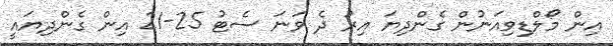
އިން މޯލްޑިވިއަނުން ގެންދިޔަ އިރު ދެ ވަނަ ސެޓު 25-21 އިން ގެންދިޔައީ